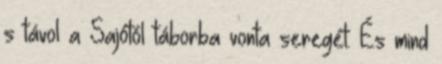
s távol a Sajótól táborba vonta seregét. És mind